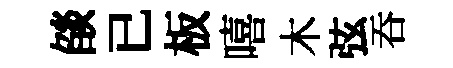
燄已板嘻木弦吞